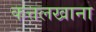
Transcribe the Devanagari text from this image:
कत्तलखाना